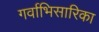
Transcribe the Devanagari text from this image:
गर्वाभिसारिका